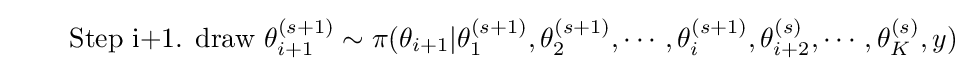
\quad \quad {\text{Step i+1. draw}}\,\,\theta _{i+1}^{(s+1)}\sim \pi (\theta _{i+1}|\theta _{1}^{(s+1)},\theta _{2}^{(s+1)},\cdots ,\theta _{i}^{(s+1)},\theta _{i+2}^{(s)},\cdots ,\theta _{K}^{(s)},y)